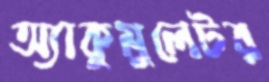
অ্যাকুমুলেটর